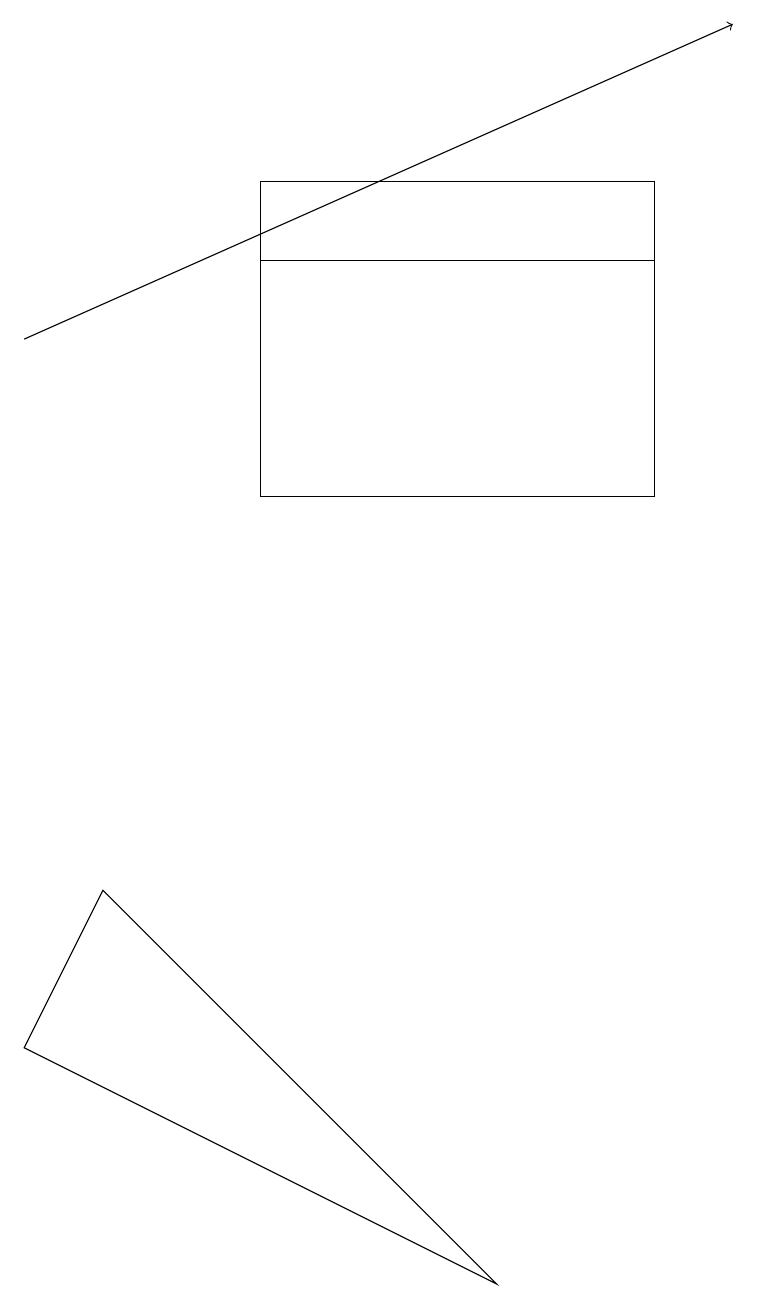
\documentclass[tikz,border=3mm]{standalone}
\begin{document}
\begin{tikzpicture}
\draw (3,13) rectangle (8,10);
\draw (6,14) rectangle (3,14);
\draw (6,0) -- (0,3) -- (1,5) -- cycle;
\draw[->] (0,12) -- (9,16);
\draw (3,10) rectangle (8,14);
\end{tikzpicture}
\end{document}